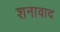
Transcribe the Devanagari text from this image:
शनावाद